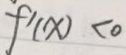
f ^ { \prime } ( x ) < 0